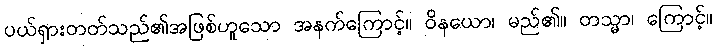
ပယ်ရှားတတ်သည်၏အဖြစ်ဟူသော အနက်ကြောင့်။ ဝိနယော၊ မည်၏။ တသ္မာ၊ ကြောင့်။